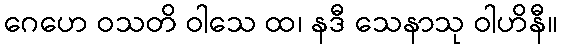
ဂေဟေ ဝသတိ ဝါသေ ထ၊ နဒီ သေနာသု ဝါဟိနီ။